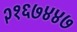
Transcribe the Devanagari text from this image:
२१६७४४७